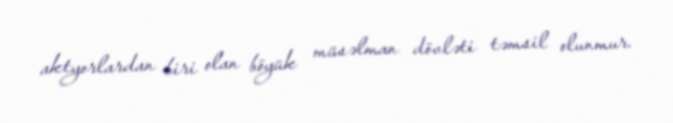
aktyorlardan biri olan böyük müsəlman dövləti təmsil olunmur.